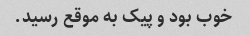
خوب بود و پیک به موقع رسید.